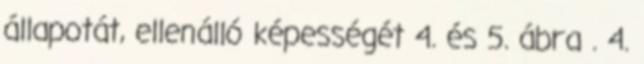
állapotát, ellenálló képességét 4. és 5. ábra . 4.